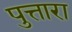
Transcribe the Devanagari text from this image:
पुत्तारा